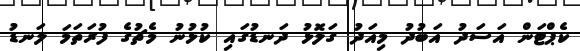
ކެޕްޓަން އަސަދު އަބުދު މިއަދު ގަލޮޅު ދަނޑުގައި ކުޅުނު މެޗުގެ ފުރަތަމަ ލަނޑު